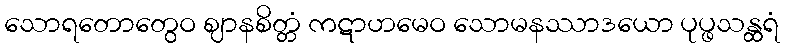
သောရတောတွေဝ ဈာနစိတ္တံ ကဋာဟမေဝ သောမနဿာဒယော ပုပ္ဖသန္ထရံ